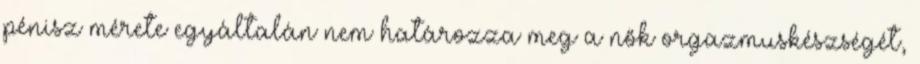
pénisz mérete egyáltalán nem határozza meg a nők orgazmuskészségét,